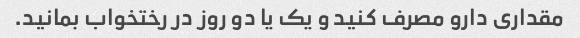
مقداری دارو مصرف کنید و یک یا دو روز در رختخواب بمانید.